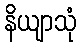
နိယျာသုံ